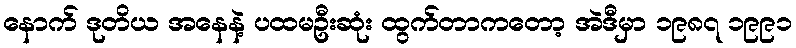
နောက် ဒုတိယ အနေနဲ့ ပထမဦးဆုံး ထွက်တာကတော့ အဲဒီမှာ ၁၉၈၇ ၁၉၉၁